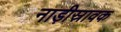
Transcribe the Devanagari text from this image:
नाड़ीस्रावक